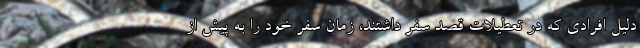
دلیل افرادی که در تعطیلات قصد سفر داشتند، زمان سفر خود را به پیش از